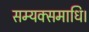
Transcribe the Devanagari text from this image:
सम्यक्समाधि।